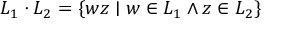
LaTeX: L _ { 1 } \cdot L _ { 2 } = \{ w z \mid w \in L _ { 1 } \land z \in L _ { 2 } \}